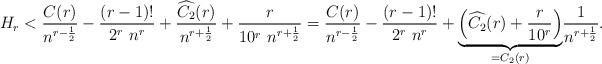
LaTeX: \begin{align*}H_r < \dfrac{C(r)}{n^{r-\frac{1}{2}}}-\dfrac{(r-1)!}{2^r\ n^r}+\dfrac{\widehat{C_2}(r)}{n^{r+\frac{1}{2}}}+\dfrac{r}{10^r\ n^{r+\frac{1}{2}}}=\dfrac{C(r)}{n^{r-\frac{1}{2}}}-\dfrac{(r-1)!}{2^r\ n^r}+ \underset{=C_2(r)}{\underbrace{\Bigl(\widehat{C_2}(r)+\dfrac{r}{10^r}\Bigr)}}\dfrac{1}{n^{r+\frac{1}{2}}}.\end{align*}